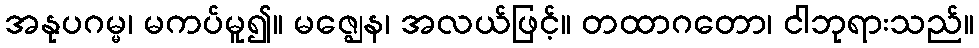
အနုပဂမ္မ၊ မကပ်မူ၍။ မဇ္ဈေန၊ အလယ်ဖြင့်။ တထာဂတော၊ ငါဘုရားသည်။